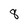
Character: 8